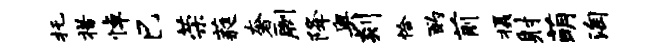
托措悼巳荣蕤奢劂降奥剡恰酌前摄射萌淘